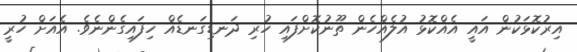
އިރުކޮޅަކުން އައީ އެއްކޮޅު އުލެއްހެން ތޫނުކޮށްފައި ހުރި ދަނޑިގަނޑެއް ހިފައިގެންނެވެ. އެއަށް ހުރީ